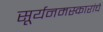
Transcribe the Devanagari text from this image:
सूर्यनमस्कारांचे